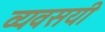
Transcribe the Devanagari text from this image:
व्यवसयी